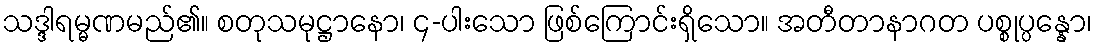
သဒ္ဒါရမ္မဏမည်၏။ စတုသမုဋ္ဌာနော၊ ၄-ပါးသော ဖြစ်ကြောင်းရှိသော။ အတီတာနာဂတ ပစ္စုပ္ပန္နော၊